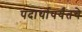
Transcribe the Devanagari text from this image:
पदार्थापर्यंतचे